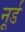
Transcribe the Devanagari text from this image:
नूर्ड